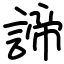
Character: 諦